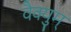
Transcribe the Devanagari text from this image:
वैक्युम्